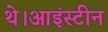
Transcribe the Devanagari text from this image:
थे।आइंस्टीन